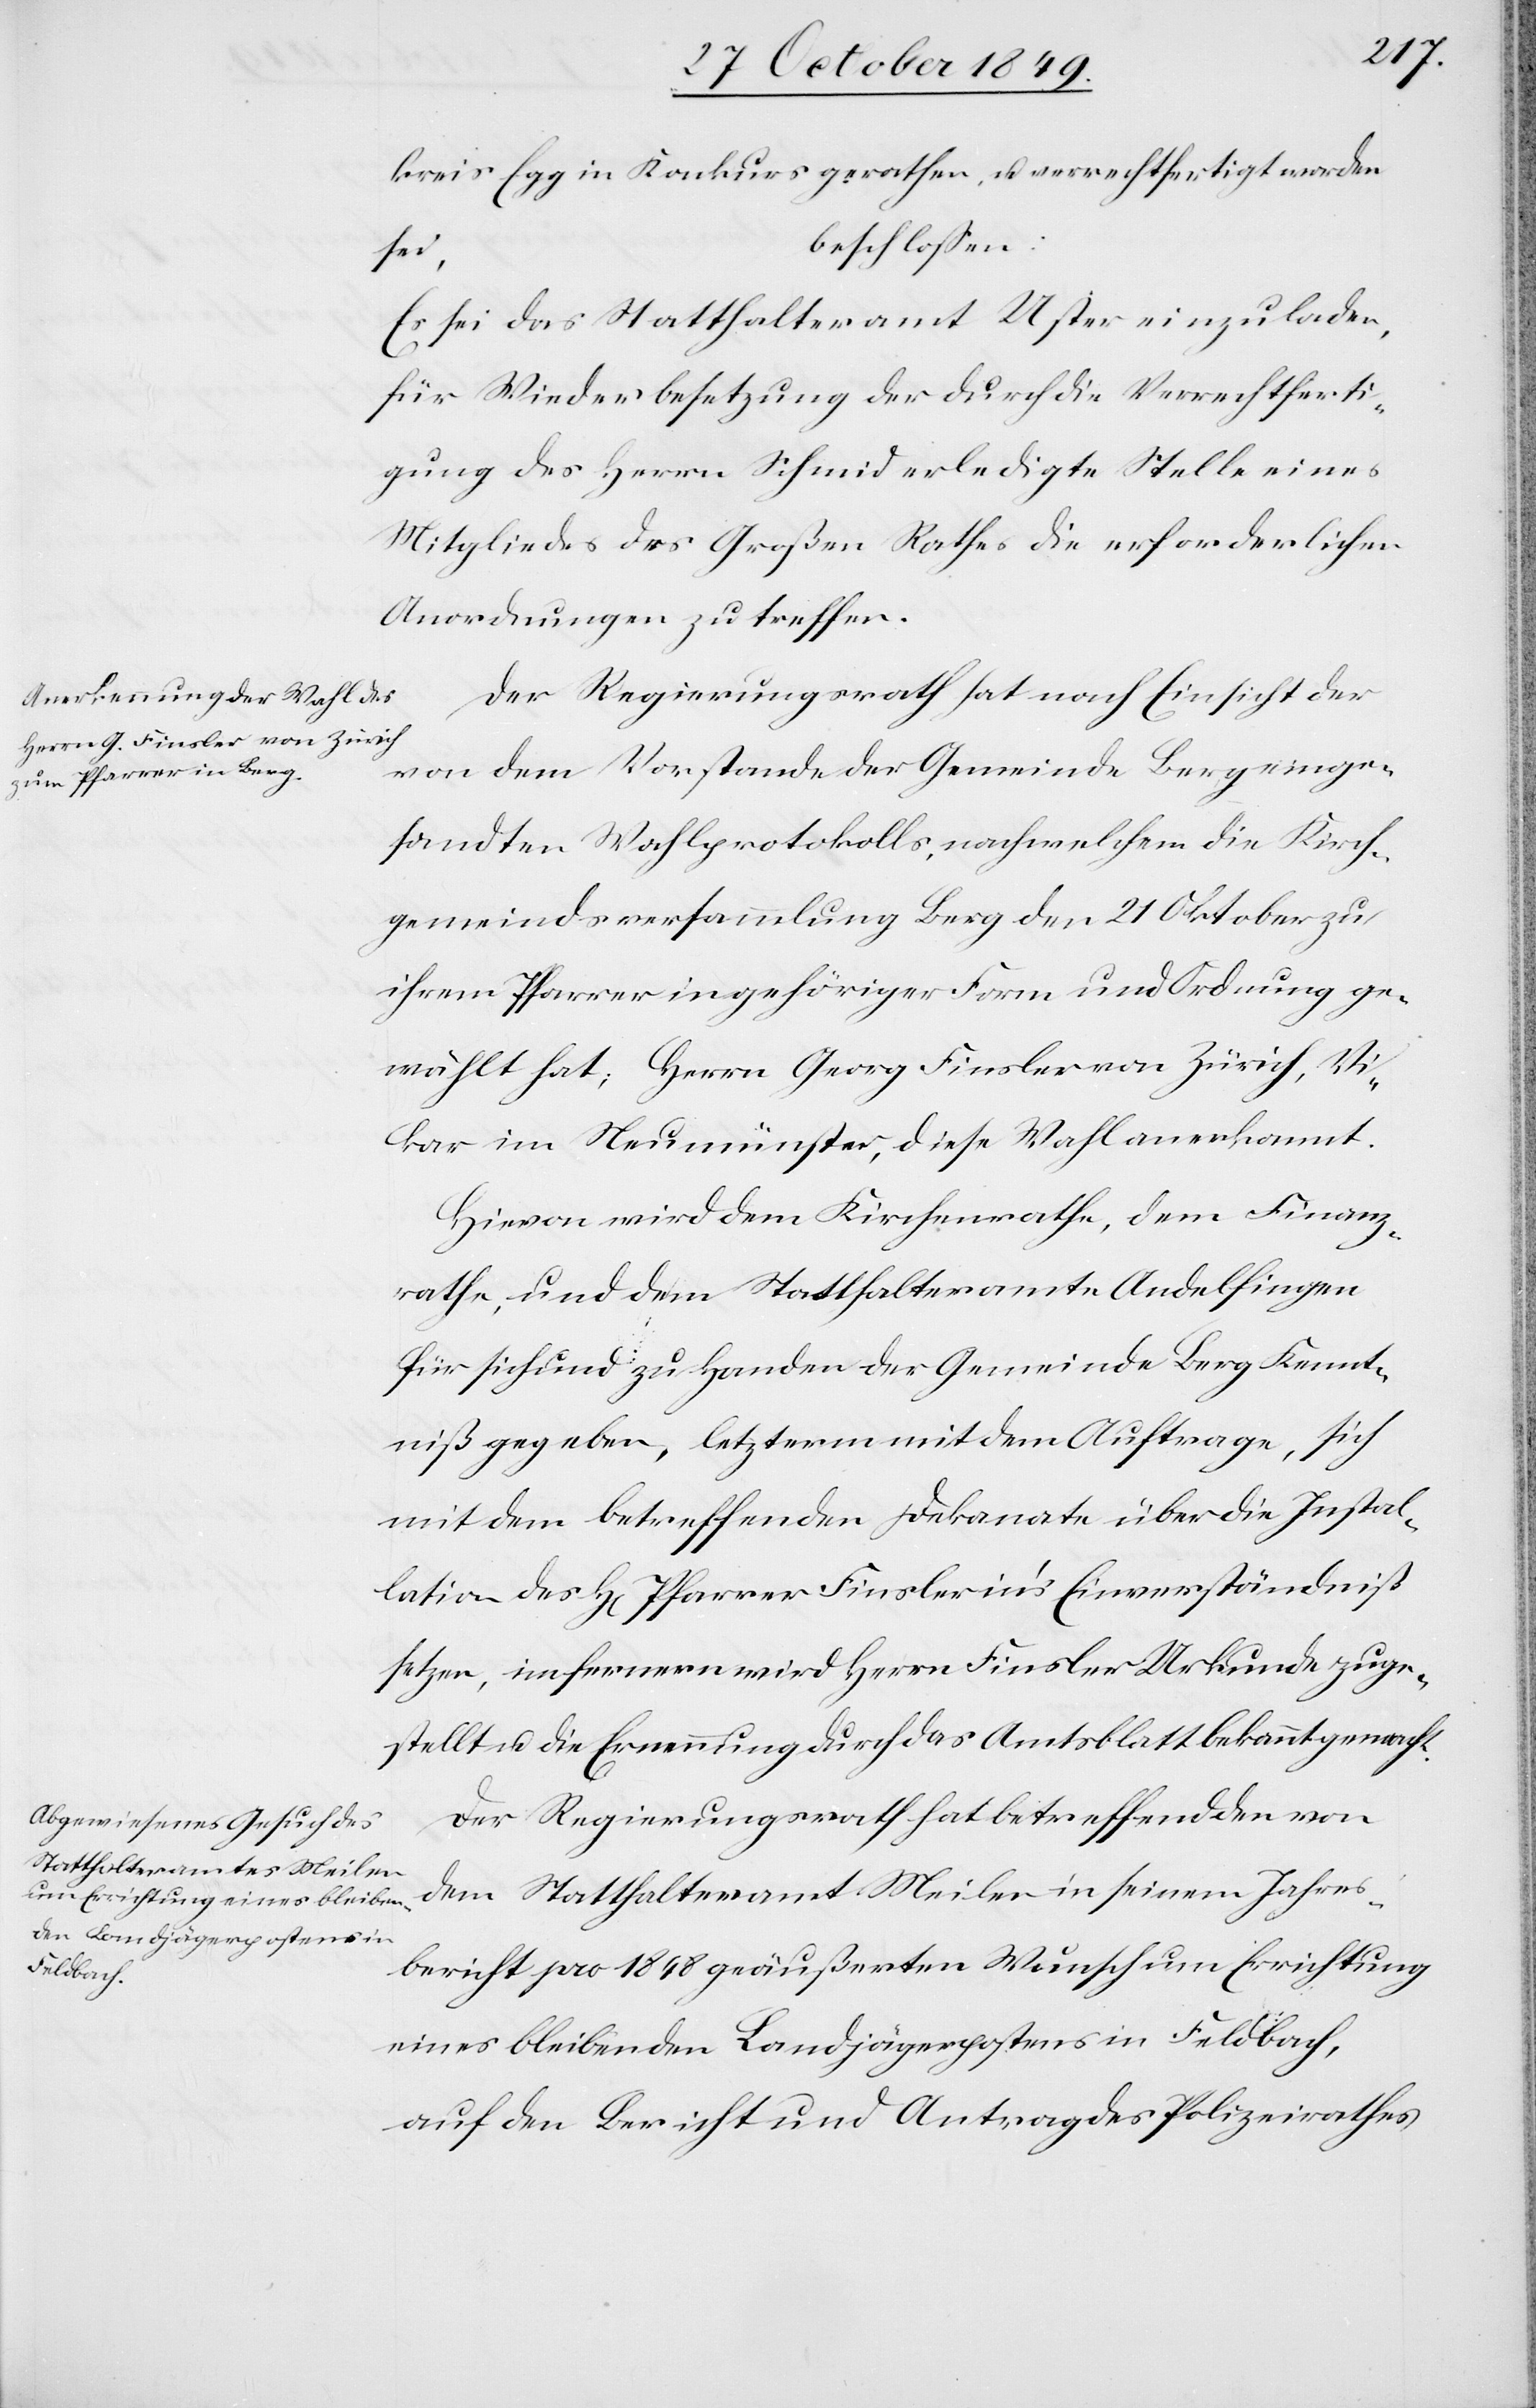
kreis Egg in Konkurs gerathen, u. verrechtfertigt worden
beschloßen:
sei,
Es sei das Statthalteramt Uster einzuladen,
für Wiederbesetzung der durch die Verrechtferti¬
gung des Herrn Schmid erledigte Stelle eines
Mitgliedes des Großen Rathes die erforderlichen
Anordnungen zu treffen.
Der Regierungsrath hat nach Einsicht der
von dem Vorstande der Gemeinde Berg einge¬
sandten Wahlprotokolls, nach welchem die Kirch¬
gemeindsversammlung Berg den 21 Oktober zu
ihrem Pfarrer in gehöriger Form und Ordnung ge¬
wählt hat; Herrn Georg Finsler von Zürich, Vi¬
kar im Neumünster, diese Wahl anerkannt.
Hievon wird dem Kirchenrathe, dem Finanz¬
rathe, und dem Statthalteramte Andelfingen
für sich und zu Handen der Gemeinde Berg Kennt¬
niß gegeben, letzterm mit dem Auftrage, sich
mit dem betreffenden Dekanate über die Instal¬
lation des H[errn] Pfarrer Finsler in’s Einverständniß
setzen, im fernern wird Herrn Finsler Urkunde zuge¬
stellt u. die Ernennung durch das Amtsblatt bekannt gemacht.
Der Regierungsrath hat betreffend den von
dem Statthalteramt Meilen in seinem Jahres¬
bericht pro 1848 geäußerten Wunsch um Errichtung
eines bleibenden Landjägerpostens in Feldbach,
auf den Bericht und Antrag des Polizeirathes